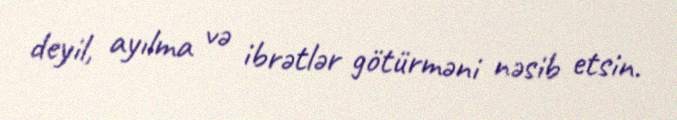
deyil, ayılma və ibrətlər götürməni nəsib etsin.